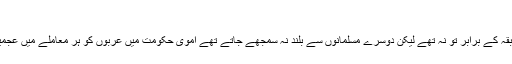
عام عرب[ترمیم]
اگرچہ عام عرب حکمران طبقہ کے برابر تو نہ تھے لیکن دوسرے مسلمانوں سے بلند نہ سمجھے جاتے تھے اموی حکومت میں عربوں کو ہر معاملے میں عجمیوں پر ترجیح دی جاتی تھی۔